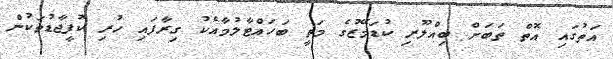
އަތުގައި އޮތް ތަބަށް ބިއްލޫރި ކުޑަމޭޒުގެ މަތީ ބަހައްޓާލުމާއެކު ގިރާފައި ހުރި ކޮފީޖާޑުތަކުން